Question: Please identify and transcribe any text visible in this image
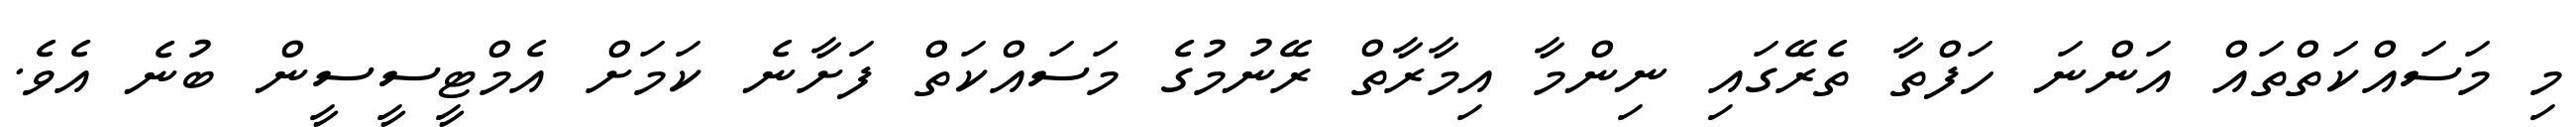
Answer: މި މަސައްކަތްތައް އަންނަ ހަފްތާ ތެރޭގައި ނިންމާ އިމާރާތް ރޭނުމުގެ މަސައްކަތް ފަށާނެ ކަމަށް އެމްޓީސީސީން ބުނެ އެވެ.